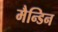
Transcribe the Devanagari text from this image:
मैन्डिन